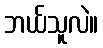
ဘယ်သူလဲ။